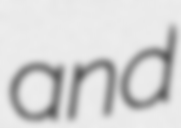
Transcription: and